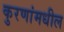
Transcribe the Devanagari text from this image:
कुरणांमधील